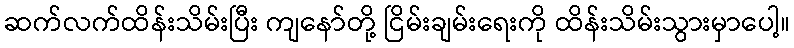
ဆက်လက်ထိန်းသိမ်းပြီး ကျနော်တို့ ငြိမ်းချမ်းရေးကို ထိန်းသိမ်းသွားမှာပေါ့။